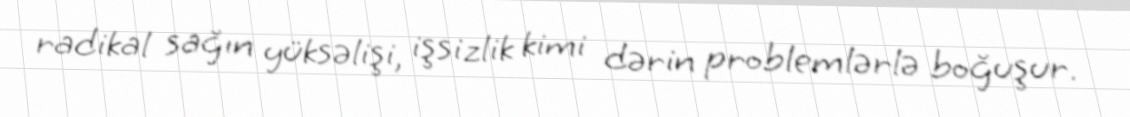
radikal sağın yüksəlişi, işsizlik kimi dərin problemlərlə boğuşur.